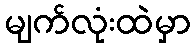
မျက်လုံးထဲမှာ